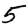
Digit: 5